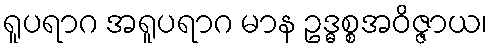
ရူပရာဂ အရူပရာဂ မာန ဥဒ္ဓစ္စအဝိဇ္ဇာယ၊